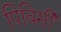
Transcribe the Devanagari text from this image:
पिविसी